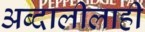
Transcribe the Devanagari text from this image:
अब्दालीलाही